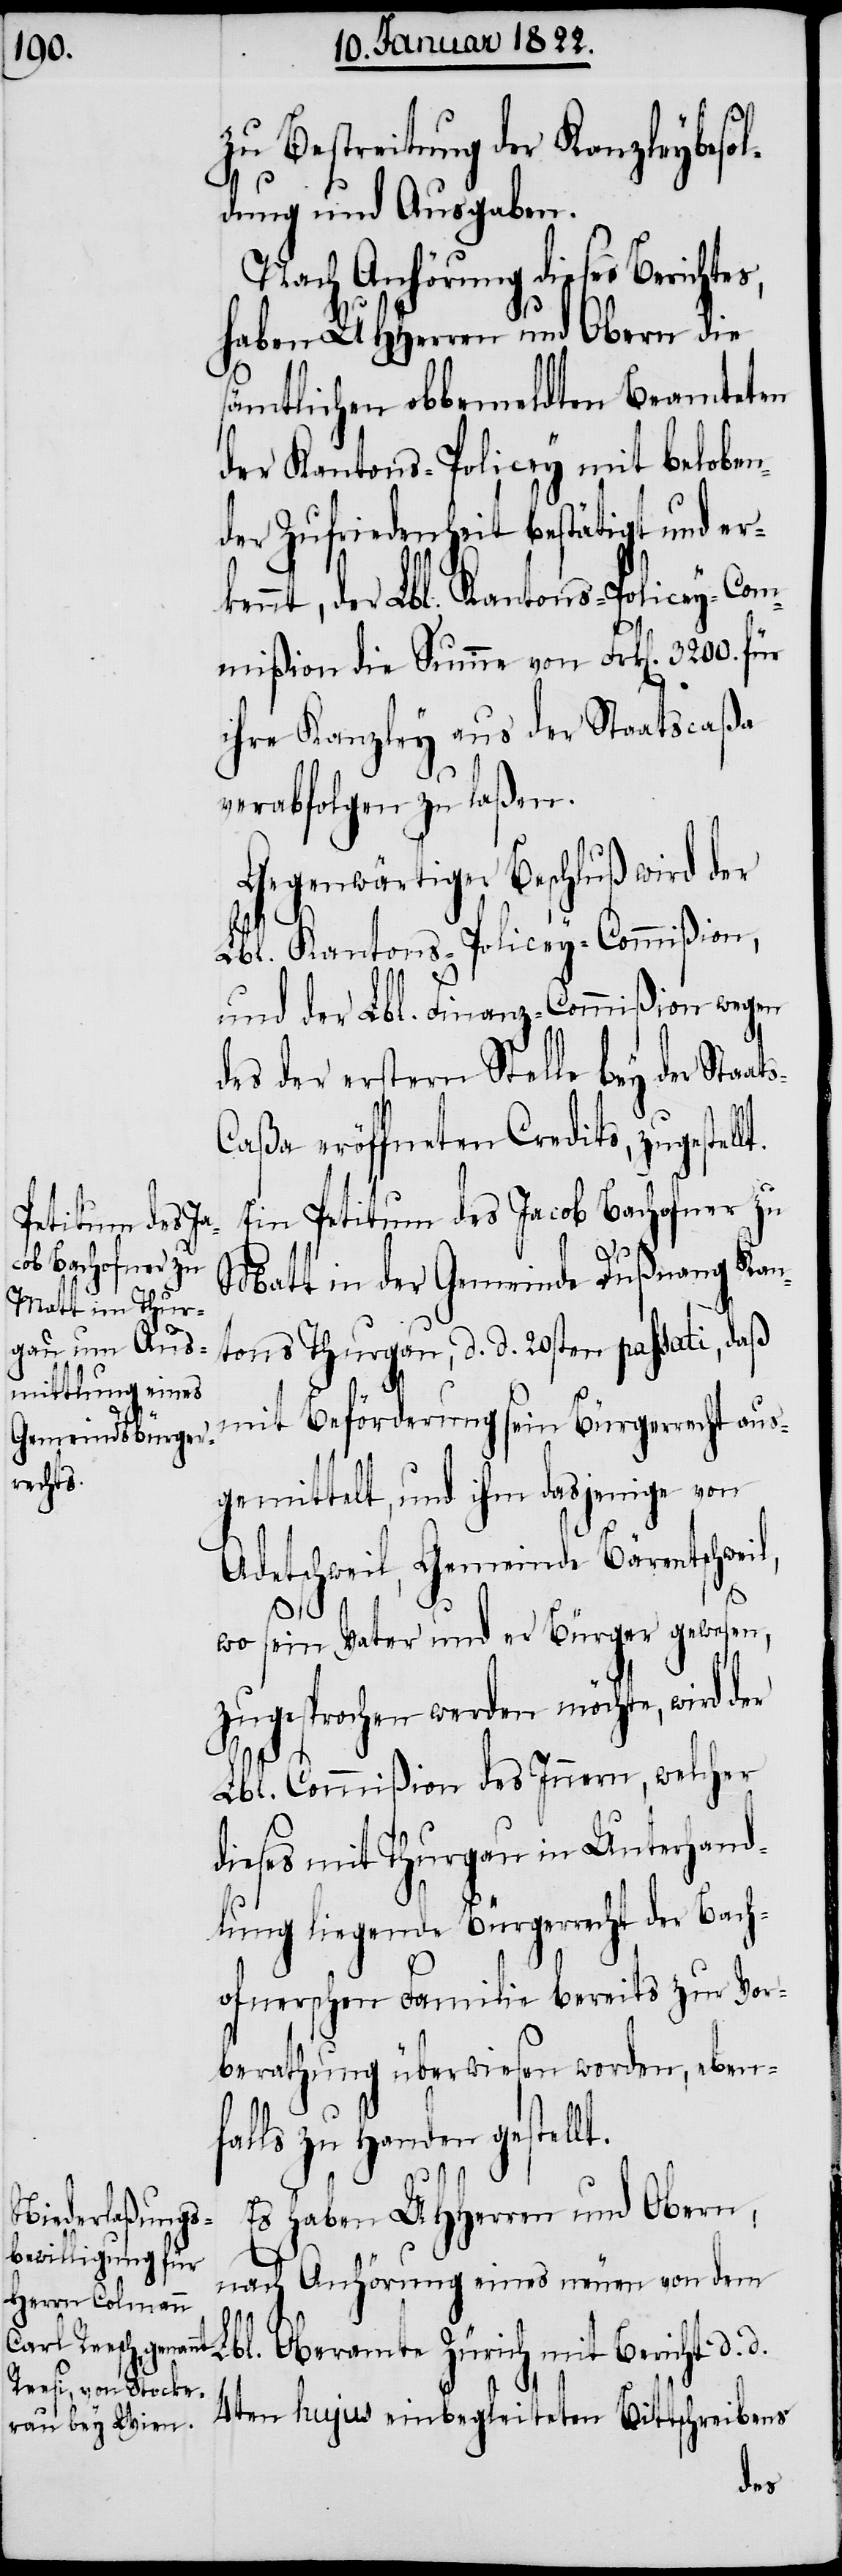
zu Bestreitung der Kanzleybesol¬
dung und Ausgaben.
Nach Anhörung dieses Berichte¬
haben UHHerren und Obern die
sämtlichen obbemeldten Beamteten
der Kantons-Policey mit beloben¬
der Zufriedenheit bestätigt und er¬
kannt, der Lbl. Kantons-Policey-Com¬
mißion die Summe von Frk[en]. 3200. für
ihre Kanzley aus der Staatscaßa
verabfolgen zu laßen.
Gegenwärtiger Beschluß wird der
Lbl. Kantons-Policey-Commißion,
und der Lbl. Finanz-Commißion wegen
des der erstern Stelle bey der Staat¬
aßa eröffneten Credits, zugestel¬
Ein Petitum des Jacob Bachofner zu
Matt in der Gemeinde Dußnang Kan¬
tons Thurgau, d. d. 20sten passati, daß
mit Beförderung sein Bürgerrecht aus¬
gemittelt, und ihm dasjenige von
Adetschweil, Gemeinde Bärentschweil,
lt.
L¬
wo sein Vater und er Bürger gewesen,
zugesprochen werden möchte, wird der
Lbl. Commißion des Innern, welcher
dieses mit Thurgau in Unterhand¬
lung liegende Bürgerrecht der Bach¬
ofnerschen Familie bereits zur Vor¬
berathung überwiesen worden, eben¬
falls zu Handen gestellt.
Es haben UHHerren und Obern,
nach Anhörung eines neuen von dem
bl. Oberamte Zürich mit Bericht d. d.
4ten hujus einbegleiteten Bittschreiben